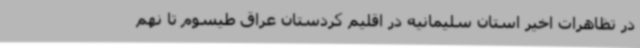
در تظاهرات اخیر استان سلیمانیه در اقلیم کردستان عراق طیسوم تا نهم